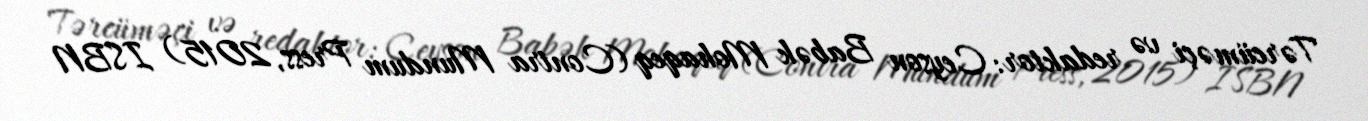
Tərcüməçi və redaktor: Ceyson Babək Mohaqeq (Contra Mundum Press, 2015) ISBN